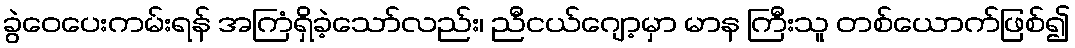
ခွဲဝေပေးကမ်းရန် အကြံရှိခဲ့သော်လည်း၊ ညီငယ်ဂျော့မှာ မာန ကြီးသူ တစ်ယောက်ဖြစ်၍